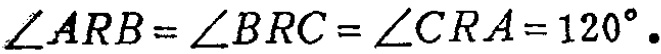
\(\angle ARB = \angle BRC = \angle CRA = 120^{\circ}.\)